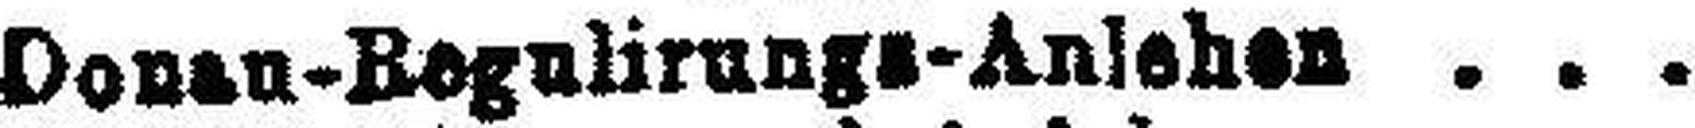
Donau-Bogulirungs-Anlehen